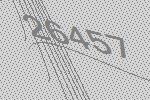
26457